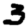
Digit: 3